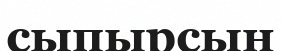
сыпырсын